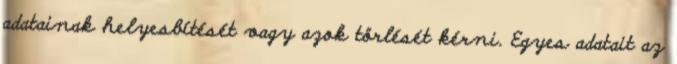
adatainak helyesbítését vagy azok törlését kérni. Egyes adatait az